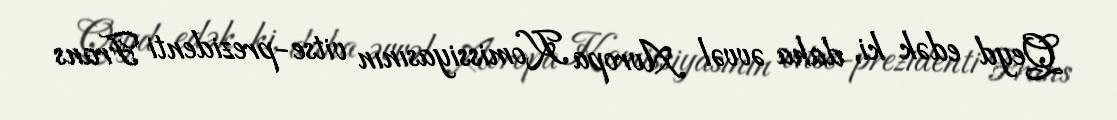
Qeyd edək ki, daha əvvəl Avropa Komissiyasının vitse-prezidenti Frans